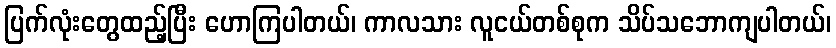
ပြက်လုံးတွေထည့်ပြီး ဟောကြပါတယ်၊ ကာလသား လူငယ်တစ်စုက သိပ်သဘောကျပါတယ်၊